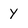
Character: y